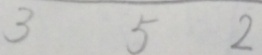
3 5 2